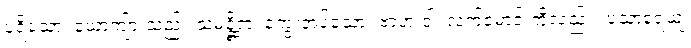
ပုရိသော၊ ယောကျ်ားသည်။ သမဉ္ဆိတံ၊ ကွေးအပ်သော။ ဗာဟံ ဝါ၊ လက်မောင်းကိုလည်း။ ပသာရေယျ